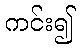
ကင်း၍